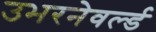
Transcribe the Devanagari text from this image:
उभरनेवर्ल्ड